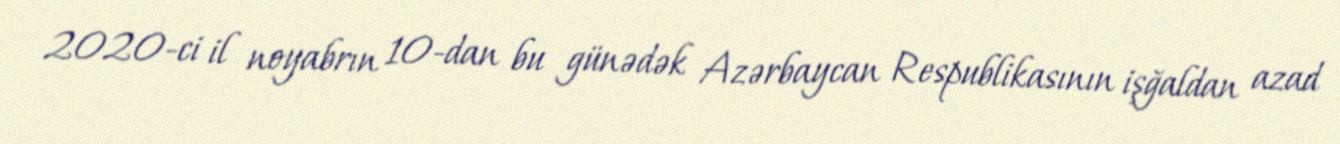
2020-ci il noyabrın 10-dan bu günədək Azərbaycan Respublikasının işğaldan azad